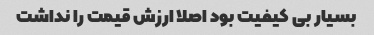
بسیار بی کیفیت بود اصلا ارزش قیمت را نداشت